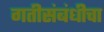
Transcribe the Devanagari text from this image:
गतीसंबंधीचा